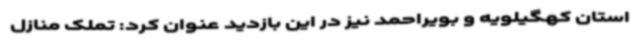
استان کهگیلویه و بویراحمد نیز در این بازدید عنوان کرد: تملک منازل